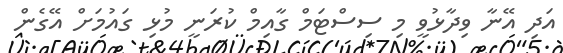
އަދި އޭނާ ވިދާޅުވީ މި ސިސްޓަމް ގާއިމް ކުރަނީ މުޅި ގައުމަށް އޭގެން